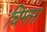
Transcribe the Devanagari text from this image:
चिन्ता।